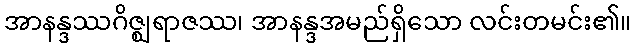
အာနန္ဒဿဂိဇ္ဈရာဇဿ၊ အာနန္ဒအမည်ရှိသော လင်းတမင်း၏။